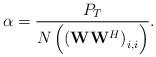
LaTeX: \begin{align*}\alpha = \frac{P_T}{N \left(\left(\mathbf{W}\mathbf{W}^H \right)_{i,i}\right)}.\end{align*}